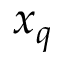
x _ { q }